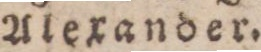
Alexander.